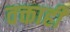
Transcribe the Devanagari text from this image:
वक्ताही